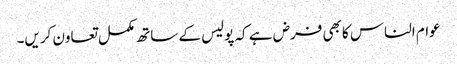
عوام الناس کا بھی فرض ہے کہ پولیس کے ساتھ مکمل تعاون کریں۔